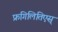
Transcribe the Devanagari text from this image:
फ्रगिलितिएस्